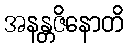
အနန္တဇိနောတိ